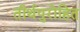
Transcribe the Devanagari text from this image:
तीर्थपुरोहित